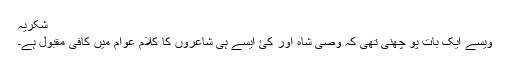
شکریہ
ویسے ایک بات پو چھنی تھی کہ وصی شاہ اور کئ ایسے ہی شاعروں کا کلام عوام میں کافی مقبول ہے۔